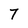
Character: 7